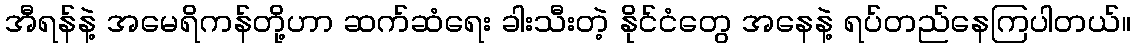
အီရန်နဲ့ အမေရိကန်တို့ဟာ ဆက်ဆံရေး ခါးသီးတဲ့ နိုင်ငံတွေ အနေနဲ့ ရပ်တည်နေကြပါတယ်။